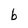
Character: b